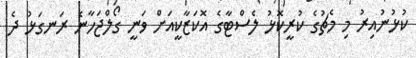
ކުޅުނުއިރު މި މެޗުގެ ކުރީކޮޅު ލެސްޓާގެ އޮކަޒާކީއަށް ވަނީ ގޯލްޖަހާނެ ރަނގަޅު ދެ